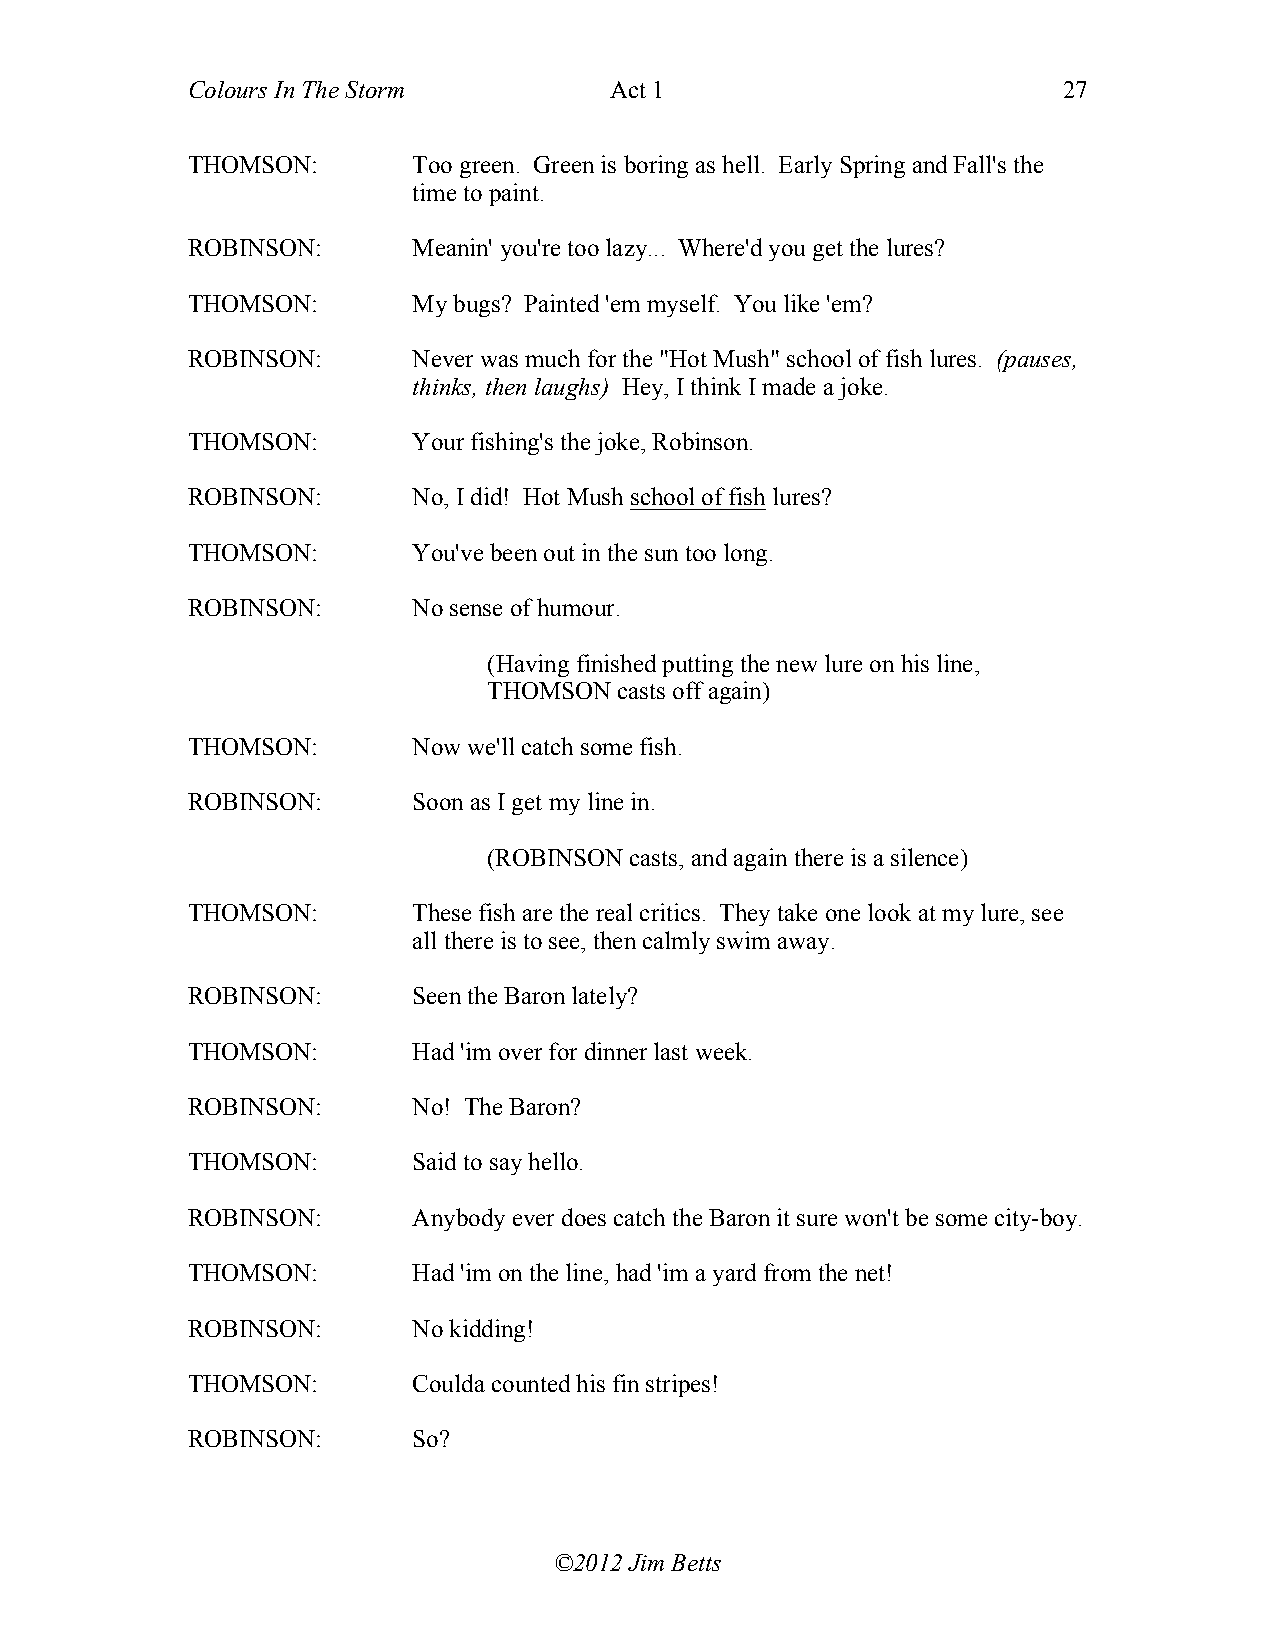
Colours In The Storm        Act 1                         27
 THOMSON:       Too green. Green is boring as hell. Early Spring and Fall's the
 time to paint.
 ROBINSON:      Meanin' you're too lazy... Where'd you get the lures?
 THOMSON:       My bugs? Painted 'em myself. You like 'em?
 ROBINSON:      Never was much for the "Hot Mush" school of fish lures. (pauses,
 thinks, then laughs) Hey, I think I made a joke.
 THOMSON:       Your fishing's the joke, Robinson.
 ROBINSON:      No, I did! Hot Mush school of fish lures?
 THOMSON:       You've been out in the sun too long.
 ROBINSON:      No sense of humour.
 (Having finished putting the new lure on his line,
 THOMSON  casts off again)
 THOMSON:       Now we'll catch some fish.
 ROBINSON:      Soon as I get my line in.
 (ROBINSON casts, and again there is a silence)
 THOMSON:       These fish are the real critics. They take one look at my lure, see
 all there is to see, then calmly swim away.
 ROBINSON:      Seen the Baron lately?
 THOMSON:       Had 'im over for dinner last week.
 ROBINSON:      No! The Baron?
 THOMSON:       Said to say hello.
 ROBINSON:      Anybody ever does catch the Baron it sure won't be some city-boy.
 THOMSON:       Had 'im on the line, had 'im a yard from the net!
 ROBINSON:      No kidding!
 THOMSON:       Coulda counted his fin stripes!
 ROBINSON:      So?
 ©2012 Jim Betts